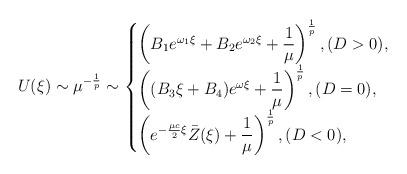
LaTeX: \begin{align*}U(\xi) \sim \mu^{-\frac{1}{p}} \sim\begin{cases}\left(B_{1}e^{\omega_{1}\xi}+B_{2}e^{\omega_{2}\xi}+\dfrac{1}{\mu}\right)^{\frac{1}{p}}, (D>0),\\\left((B_{3}\xi+B_{4})e^{\omega\xi}+\dfrac{1}{\mu}\right)^{\frac{1}{p}},(D=0),\\\left(e^{-\frac{\mu c}{2}\xi} \bar{Z}(\xi) +\dfrac{1}{\mu}\right)^{\frac{1}{p}},(D<0),\end{cases}\end{align*}